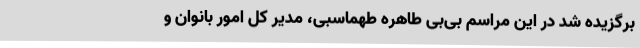
برگزیده شد در این مراسم بی‌بی طاهره طهماسبی، مدیر کل امور بانوان و